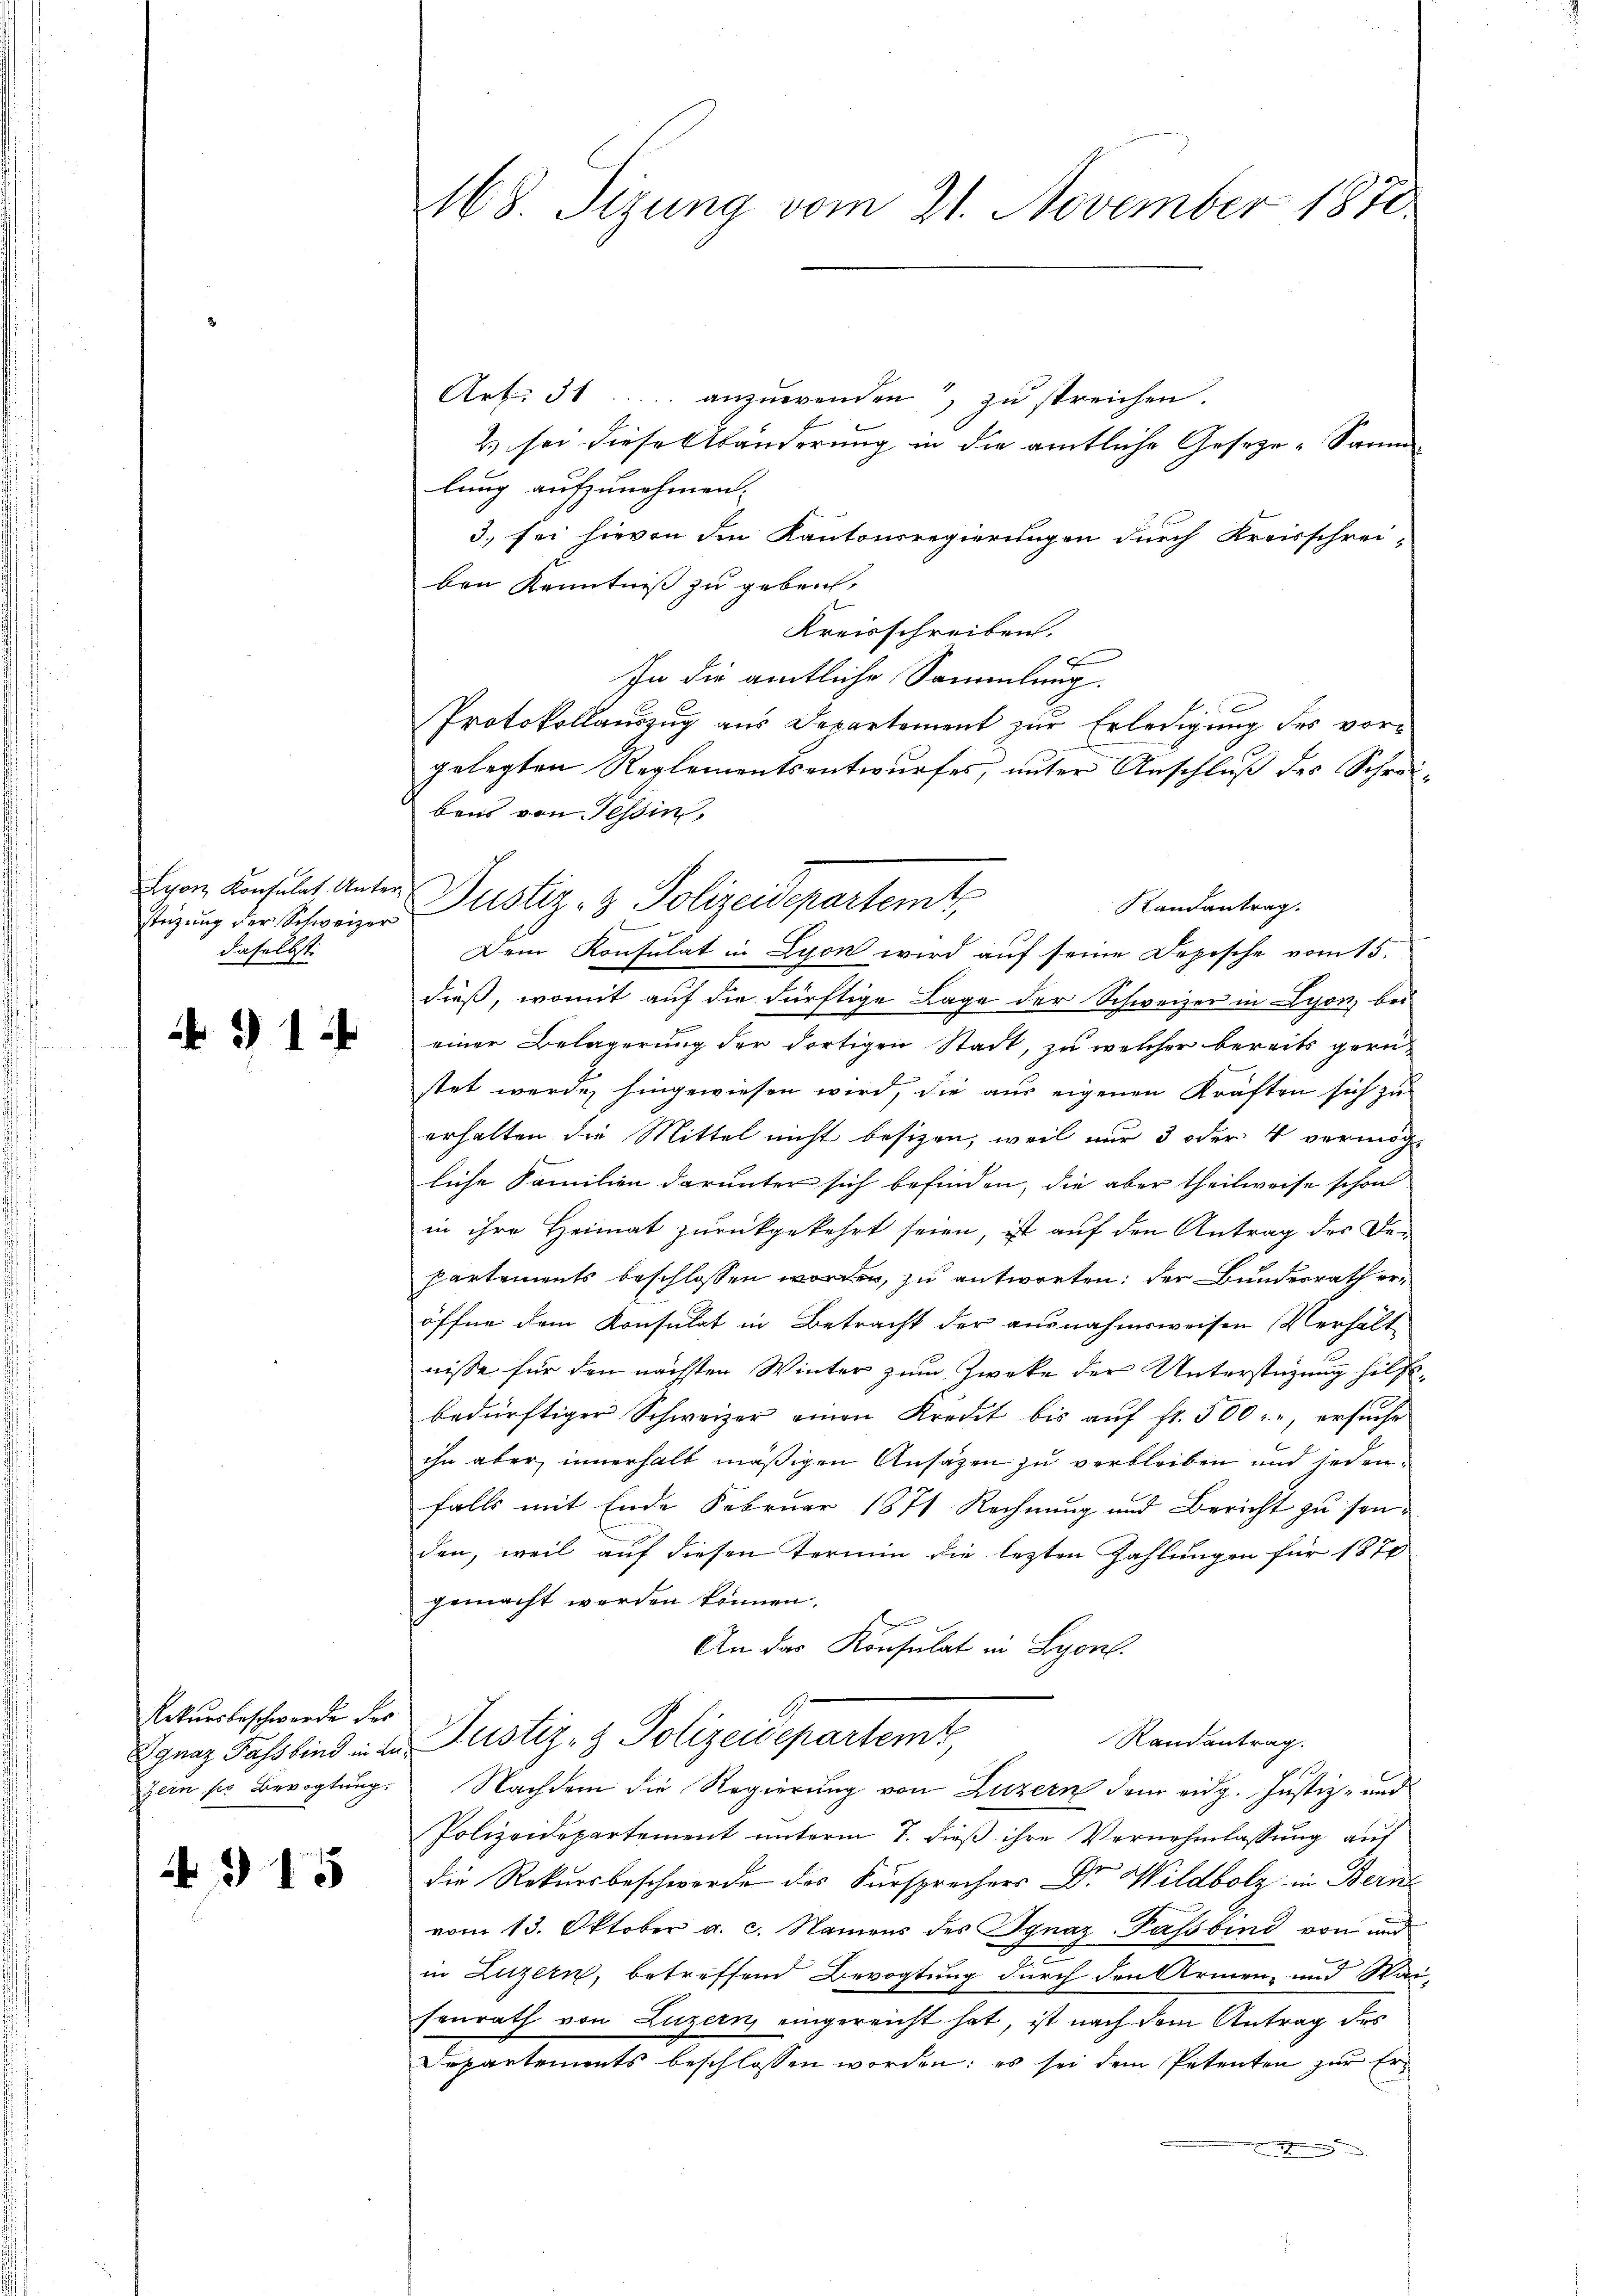
Lyon Konsulat Unter
daselbst.

1

Rekursbeschwerde des
zern sie Bevogtung.

4915

M8. Sizung vom 21. November 1871.

Randantrag.
stigung der Schweizer Justiz- & Polizeidepartemt,

Art. 31..... anzŭwenden, zŭ streichen.
2) sei diese Abänderung in die amtliche Geseze-Samm
lung aufzunehmen.
3. sei hievon den Kantonsregierungen durch Kreisschrei-
ben Kenntniß zu geben,
Kreisschreiben.
6
In die amtliche Sammlung.
xx
Protokollauszug aus Departement zur Erledigung des vorgelegten Reglementsentwurfes, unter Anschluß des Schreibens von Tessin,
Dem Konsulat in Lyon wird auf seine Depische vom 15.
dieß, womit auf die dürftige Lage der Schweizer in Lyon, bei
einer Belagerung der dortigen Stadt, zu welcher bereits gern
stet werde hingewiesen wird, die aus eigenen Kräften sich zu
erhalten die Mittel nicht besizen, weil nur 3 oder 4 vermög-
liche Familien darunter sich befinden, die aber theilweise schon
in ihre Heimat zurückgekehrt seien, ist auf den Antrag der Departements beschlossen worden, zu antworten; der Bundesrath eröffne dem Konsulat in Betracht der ausnahmsweisen Verhält
nisse für den nächsten Winter zum Zwecke der Unterstüzung hilfsbedürftiger Schweizer einen Kredit bis auf fr. 500 r , ersuche
ihn aber innerhalb mäßigen Ansätzen zu verbleiben und jedenfalls mit Ende Februar 1871 Rechnung und Bericht zu sonden, weil auf diesen Termin die lezten Zahlungen für 187
gemacht werden können.
An das Konsulat in Lyon.
Randantrag.
Ignaz Passkind in die Justiz- & Polizeidepartemt
Nachdem die Regierung von Luzern dem eidg. Justiz- und
Polizeidepartement unterm 7. dieß ihre Vernehmlassung auf
die Rekursbeschwerde des Fürsprechers Dr. Wildbolz in Bern
vom 13. Oktober a. c. Namens des Ignaz-Passbend von und
in Luzern, betreffend Bevogtung durch den Armen- und Wai-
senrath von Luzern, eingereicht hat, ist nach dem Antrag des
Departements beschlossen worden: es sei dem Petenten zur Er¬
.